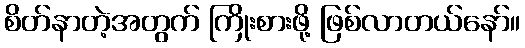
စိတ်နာတဲ့အတွက် ကြိုးစားဖို့ ဖြစ်လာတယ်နော်။